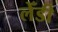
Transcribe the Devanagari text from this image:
लेँडी